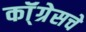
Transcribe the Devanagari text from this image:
कॉ्ंग्रेसचे